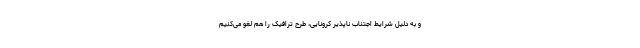
و به دلیل شرایط اجتناب ناپذیر کرونایی، طرح ترافیک را هم لغو می‌کنیم